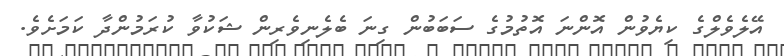
އޭލެވެލްގެ ކިޔެވުން އޮންނަ އޮތުމުގެ ސަބަބުން ގިނަ ބެލެނިވެރިން ޝަކުވާ ކުރަމުންދާ ކަމަށެވެ.